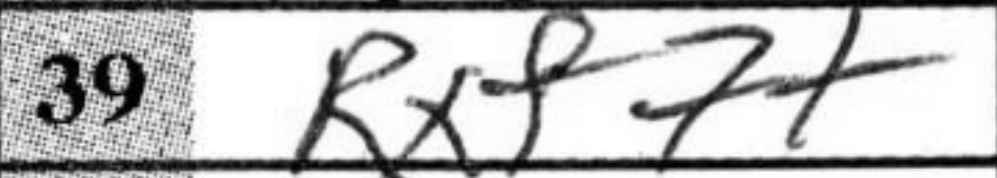
Transcription: Rxf7+